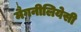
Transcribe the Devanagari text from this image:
मैगनीलियेसी